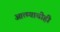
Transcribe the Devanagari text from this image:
आत्म्याचीही